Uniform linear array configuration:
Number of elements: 12
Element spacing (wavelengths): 0.75
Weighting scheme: blackman
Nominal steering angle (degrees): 0
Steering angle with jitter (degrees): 0.8925
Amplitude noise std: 0.05
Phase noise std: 0.05

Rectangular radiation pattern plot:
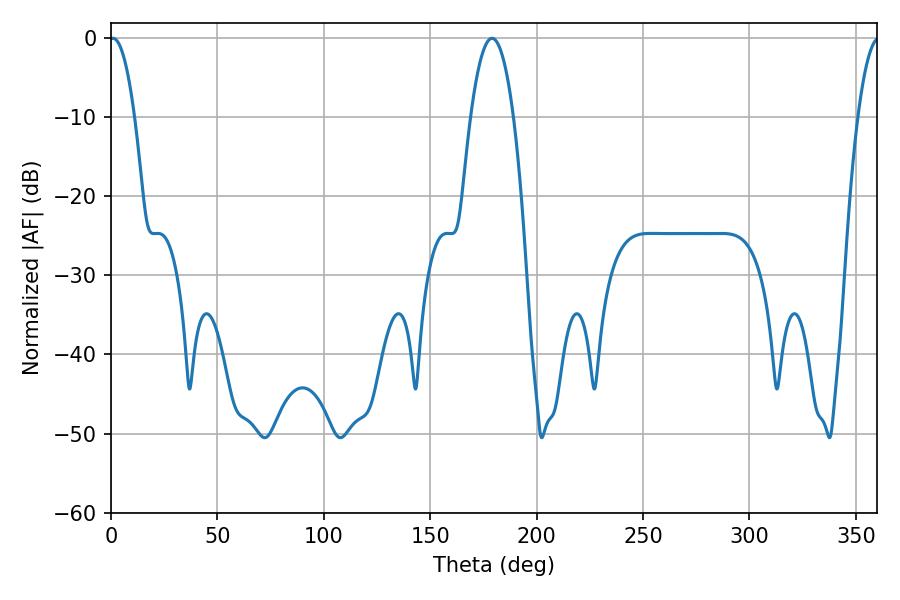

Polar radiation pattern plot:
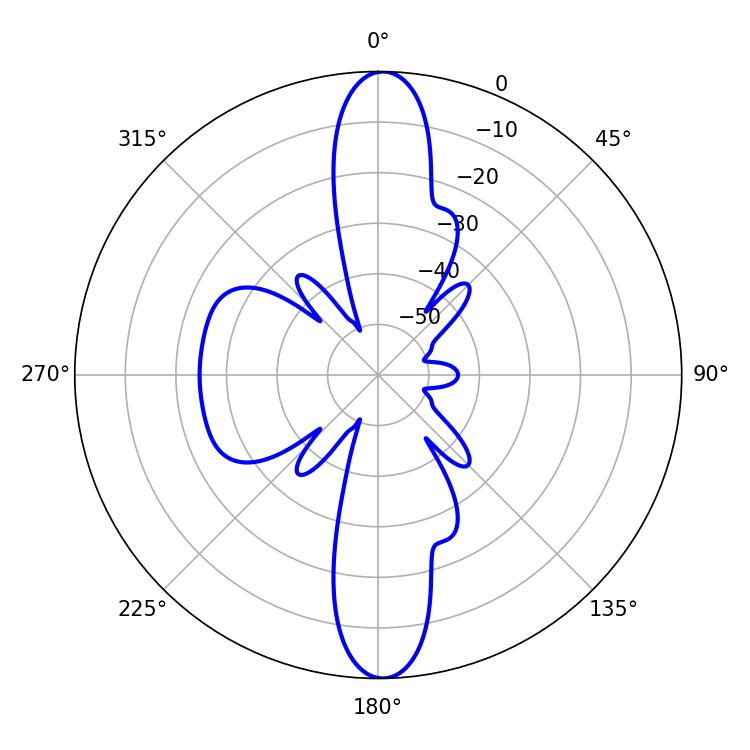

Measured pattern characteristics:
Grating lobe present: TRUE
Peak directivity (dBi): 26.796
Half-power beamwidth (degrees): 6.48
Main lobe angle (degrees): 0.9